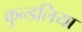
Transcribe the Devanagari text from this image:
कुन्डलिया